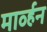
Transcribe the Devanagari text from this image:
मार्व्हन